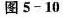
图 5-10